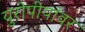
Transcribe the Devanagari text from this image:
युरोपीयांवर